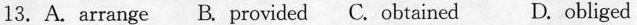
13. A. arrange B. provided C. obtained D.obliged